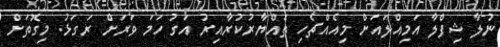
ނުލާ ޝިފްލާ އަމިއްލައަށް މިއެއްޗެހި ތައްޔާރުކުރާއިރު އަގު ހަމަ ވަރަށް ރަގަޅު. މިގޮތަށް